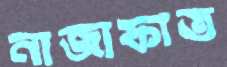
নাজাফাত